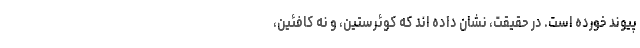
پیوند خورده است. در حقیقت، نشان داده اند که کوئرستین، و نه کافئین،